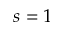
s = 1